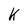
Character: k